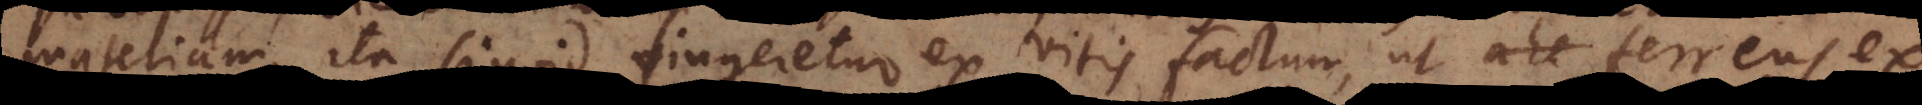
m, ita si quid fingeretur ex vitis factum, ut ferreus ex